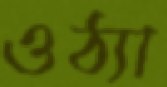
ওঠ্যা